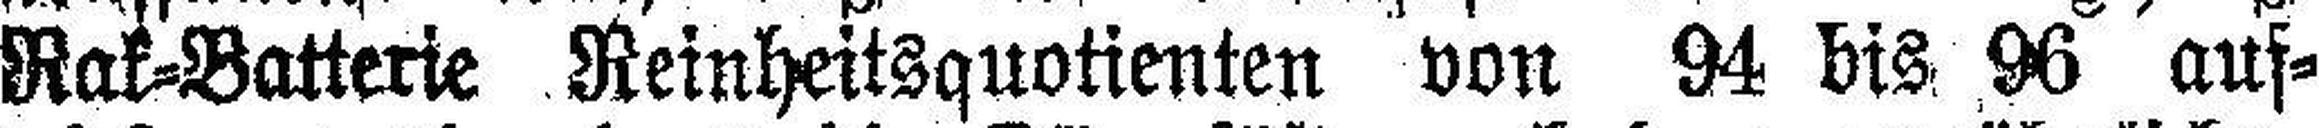
Rak-Batterie Reinheitsquotienten von 94 bis 96 auf¬